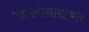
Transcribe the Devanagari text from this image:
मदतनीसासोबत